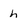
Character: h